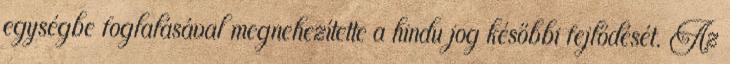
egységbe foglalásával megnehezítette a hindu jog későbbi fejlődését. Az